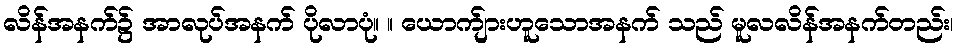
လိန်အနက်၌ အာလုပ်အနက် ပိုလာပုံ။ ။ ယောက်ျားဟူသောအနက် သည် မူလလိန်အနက်တည်း၊